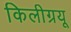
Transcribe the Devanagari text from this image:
किलीग्रयू